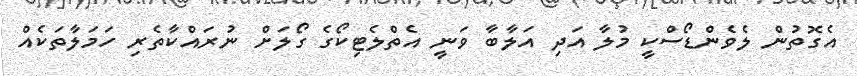
އެގޮތުން ލެވެންޑޯސްކީ މުލާ އަދި އަލާބާ ވަނީ އެތްލެޓިކޯގެ ގޯލަށް ނުރައްކާތެރި ހަމަލާތަކެއް